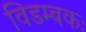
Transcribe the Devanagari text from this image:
विडम्बकः